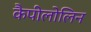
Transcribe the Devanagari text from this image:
कैपीलोलिन